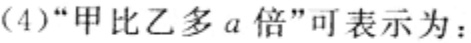
(4)“甲比乙多\(a\)倍”可表示为：